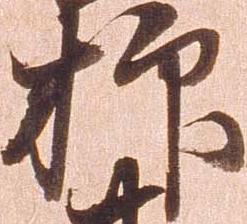
抑